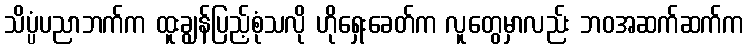
သိပ္ပံပညာဘက်က ထူးချွန်ပြည့်စုံသလို ဟိုရှေးခေတ်က လူတွေမှာလည်း ဘဝအဆက်ဆက်က